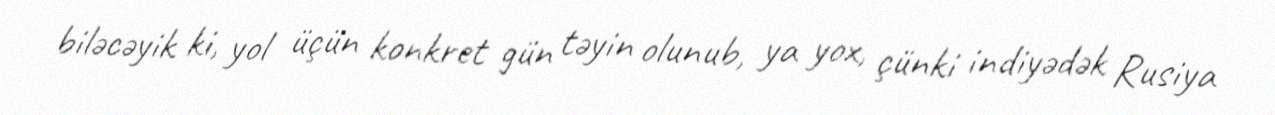
biləcəyik ki, yol üçün konkret gün təyin olunub, ya yox, çünki indiyədək Rusiya